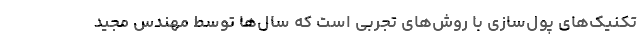
تکنیک‌های پول‌سازی با روش‌های تجربی است که سال‌ها توسط مهندس مجید